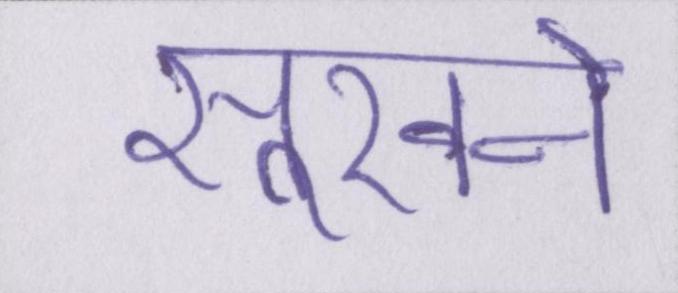
सूखने